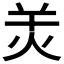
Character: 𤇇